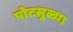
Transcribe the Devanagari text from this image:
पोटसुळ्या